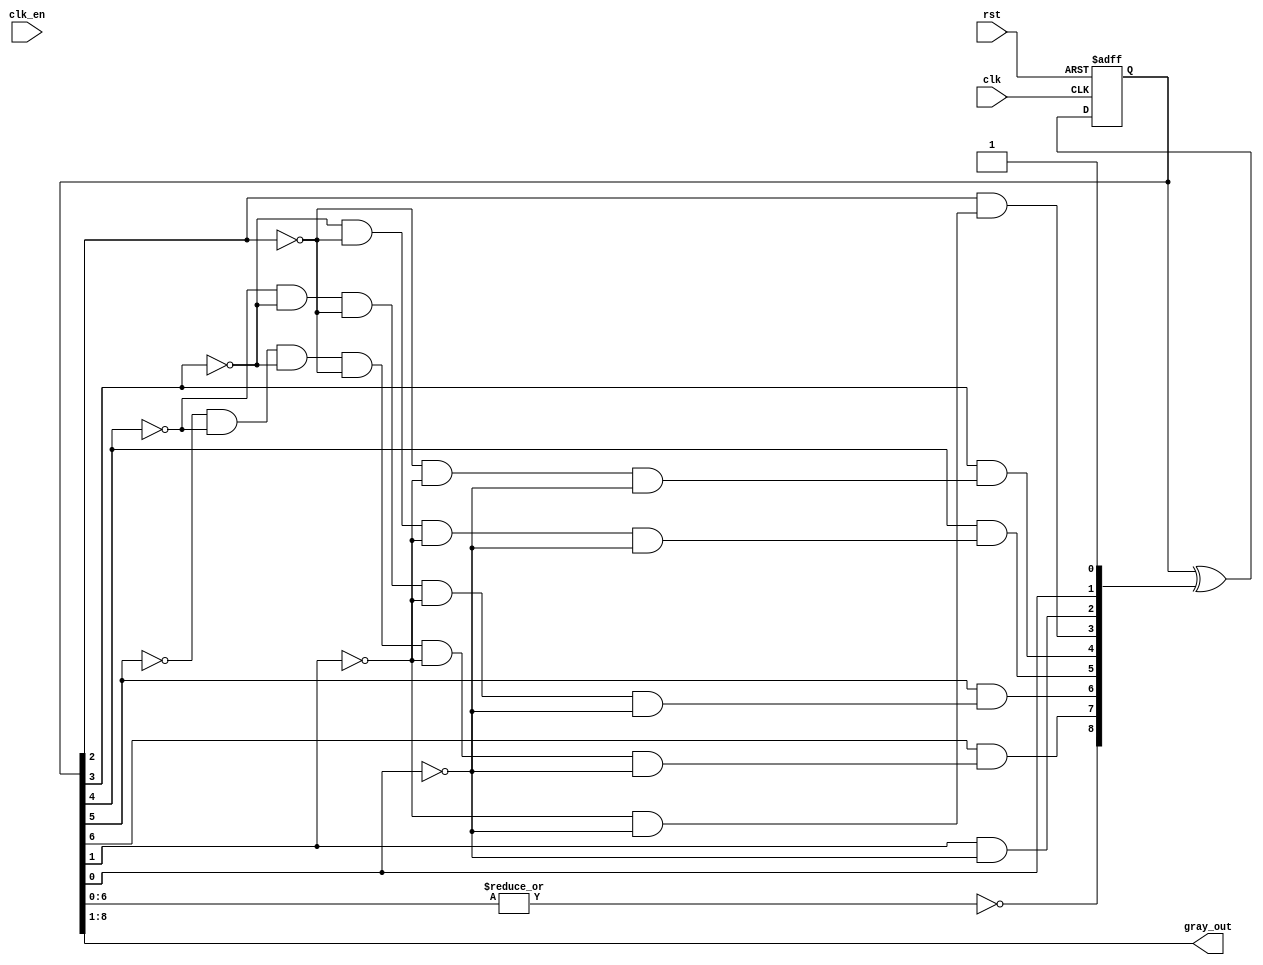
 /*
 -----------------------------------------------------------------------------
 -- File           : Gray_Nbits_RTL.v
 -----------------------------------------------------------------------------
 */


module gray_Nbits (clk, clk_en, rst, gray_out);
	parameter N = 8;
	input clk, clk_en, rst;
	output [N:1] gray_out;
	reg [N:0] state, toggle;
	reg isZero;
	integer i, j;

	// The state of the Gray counter
	always @(posedge clk, posedge rst) begin
		if (rst == 1'b1)
			state <= { {N{1'b0}}, {1'b1} };
		else
			state <= state^toggle;
	end

	// The combinational logic produces the toggle[N:0] signals
	always @(state) begin     
		toggle[0] <=  1'b1;
		toggle[1] <= state[0];	

		for (i = 2; i < N; i = i+1) begin
			isZero = 1'b1;
			for (j = i-2; j >= 0; j = j-1) begin
				isZero = isZero & ~state[j];
			end

			toggle[i] <= state[i-1] & isZero;
		end

		toggle[N] <= ~(|state[N-2:0]);
	end

	assign gray_out = state[N:1];
	 
endmodule